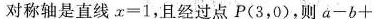
对称轴是直线$$ x = 1 $$，且经过点P(3，0)，则$$ α - b + $$